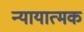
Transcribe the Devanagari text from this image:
न्यायात्मक